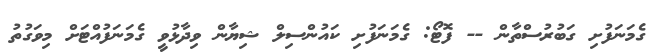
ގެމަނަފުށި ގަބުރުސްތާން -- ފޮޓޯ: ގެމަނަފުށި ކައުންސިލް ޝިޔާން ވިދާޅުވީ ގެމަނަފުއްޓަށް މިވަގުތު